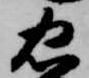
忠